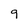
Character: 9